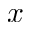
x